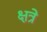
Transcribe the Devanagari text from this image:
क्षत्रे